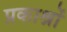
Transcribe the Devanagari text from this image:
प्रकाश्नों